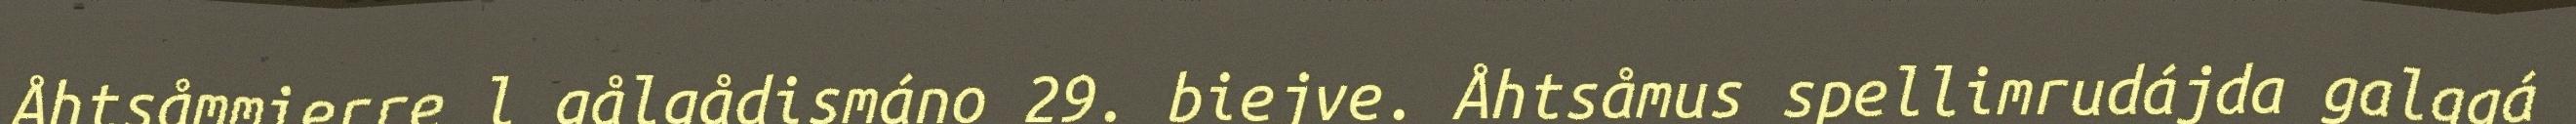
Åhtsåmmierre l gålgådismáno 29. biejve. Åhtsåmus spellimrudájda galggá